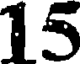
15